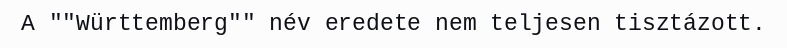
A ""Württemberg"" név eredete nem teljesen tisztázott.